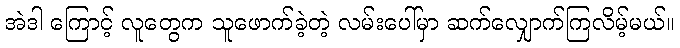
အဲဒါ ကြောင့် လူတွေက သူဖောက်ခဲ့တဲ့ လမ်းပေါ်မှာ ဆက်လျှောက်ကြလိမ့်မယ်။